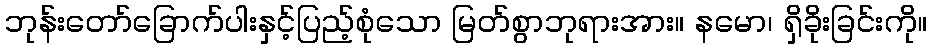
ဘုန်းတော်ခြောက်ပါးနှင့်ပြည့်စုံသော မြတ်စွာဘုရားအား။ နမော၊ ရှိခိုးခြင်းကို။